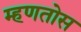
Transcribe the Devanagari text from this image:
म्हणतोस